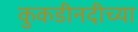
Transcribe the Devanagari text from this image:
कुकडीनदीच्या